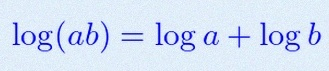
\log(ab)=\log a+\log b